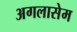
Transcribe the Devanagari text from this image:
अगलासेम